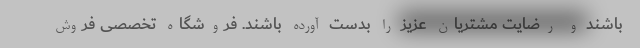
باشند و رضایت مشتریان عزیز را بدست آورده باشند. فروشگاه تخصصی فروش